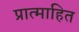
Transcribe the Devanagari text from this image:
प्रात्माहित